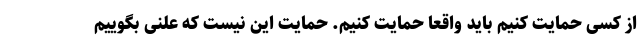
از کسی حمایت کنیم باید واقعا حمایت کنیم. حمایت این نیست که علنی بگوییم